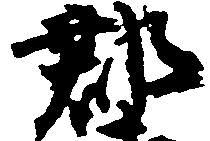
郡